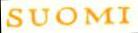
SUOMI